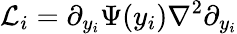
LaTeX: \mathcal{L}_{i}=\partial_{y_{i}}\Psi(y_{i})\nabla^{2}\partial_{y_{i}}